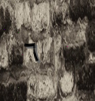
٦